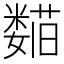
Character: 𬞺